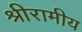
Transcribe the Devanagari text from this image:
श्रीरामीय